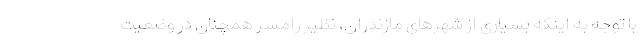
با توجه به اینکه بسیاری از شهرهای مازندران، نظیر رامسر همچنان در وضعیت